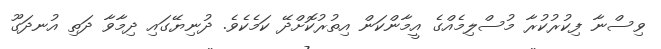
ވިސްނާ ފިކުރުކުރާ މުސްލިމެއްގެ އީމާންކަން އިތުރުކޮށްދޭ ކަމެކެވެ. ދުނިޔޭގައި ދިމާވާ ދަތި އުނދަގޫ